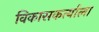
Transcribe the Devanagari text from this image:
विकासकर्त्याला